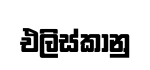
එලිස්කානු